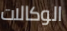
الوكالات